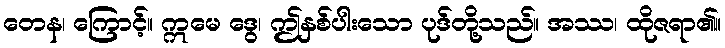
တေန၊ ကြောင့်။ ဣမေ ဒွေ၊ ဤနှစ်ပါးသော ပုဒ်တို့သည်။ အဿ၊ ထိုဇရာ၏။